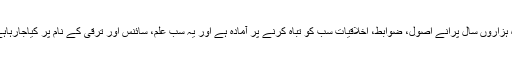
آج کی نام نہاد جدید تہذیب جسے بجا طور پر ”جاہلیتِ جدیدہ“ کہا گیا ہے، وہ ہزاروں سال پرانے اصول، ضوابط، اخلاقیات سب کو تباہ کرنے پر آمادہ ہے اور یہ سب علم، سائنس اور ترقی کے نام پر کیاجارہاہے؛ جبکہ یہ ساری گمراہی سراسر غیرعملی، غیرسائنسی اور غیرحقیقی ہے۔